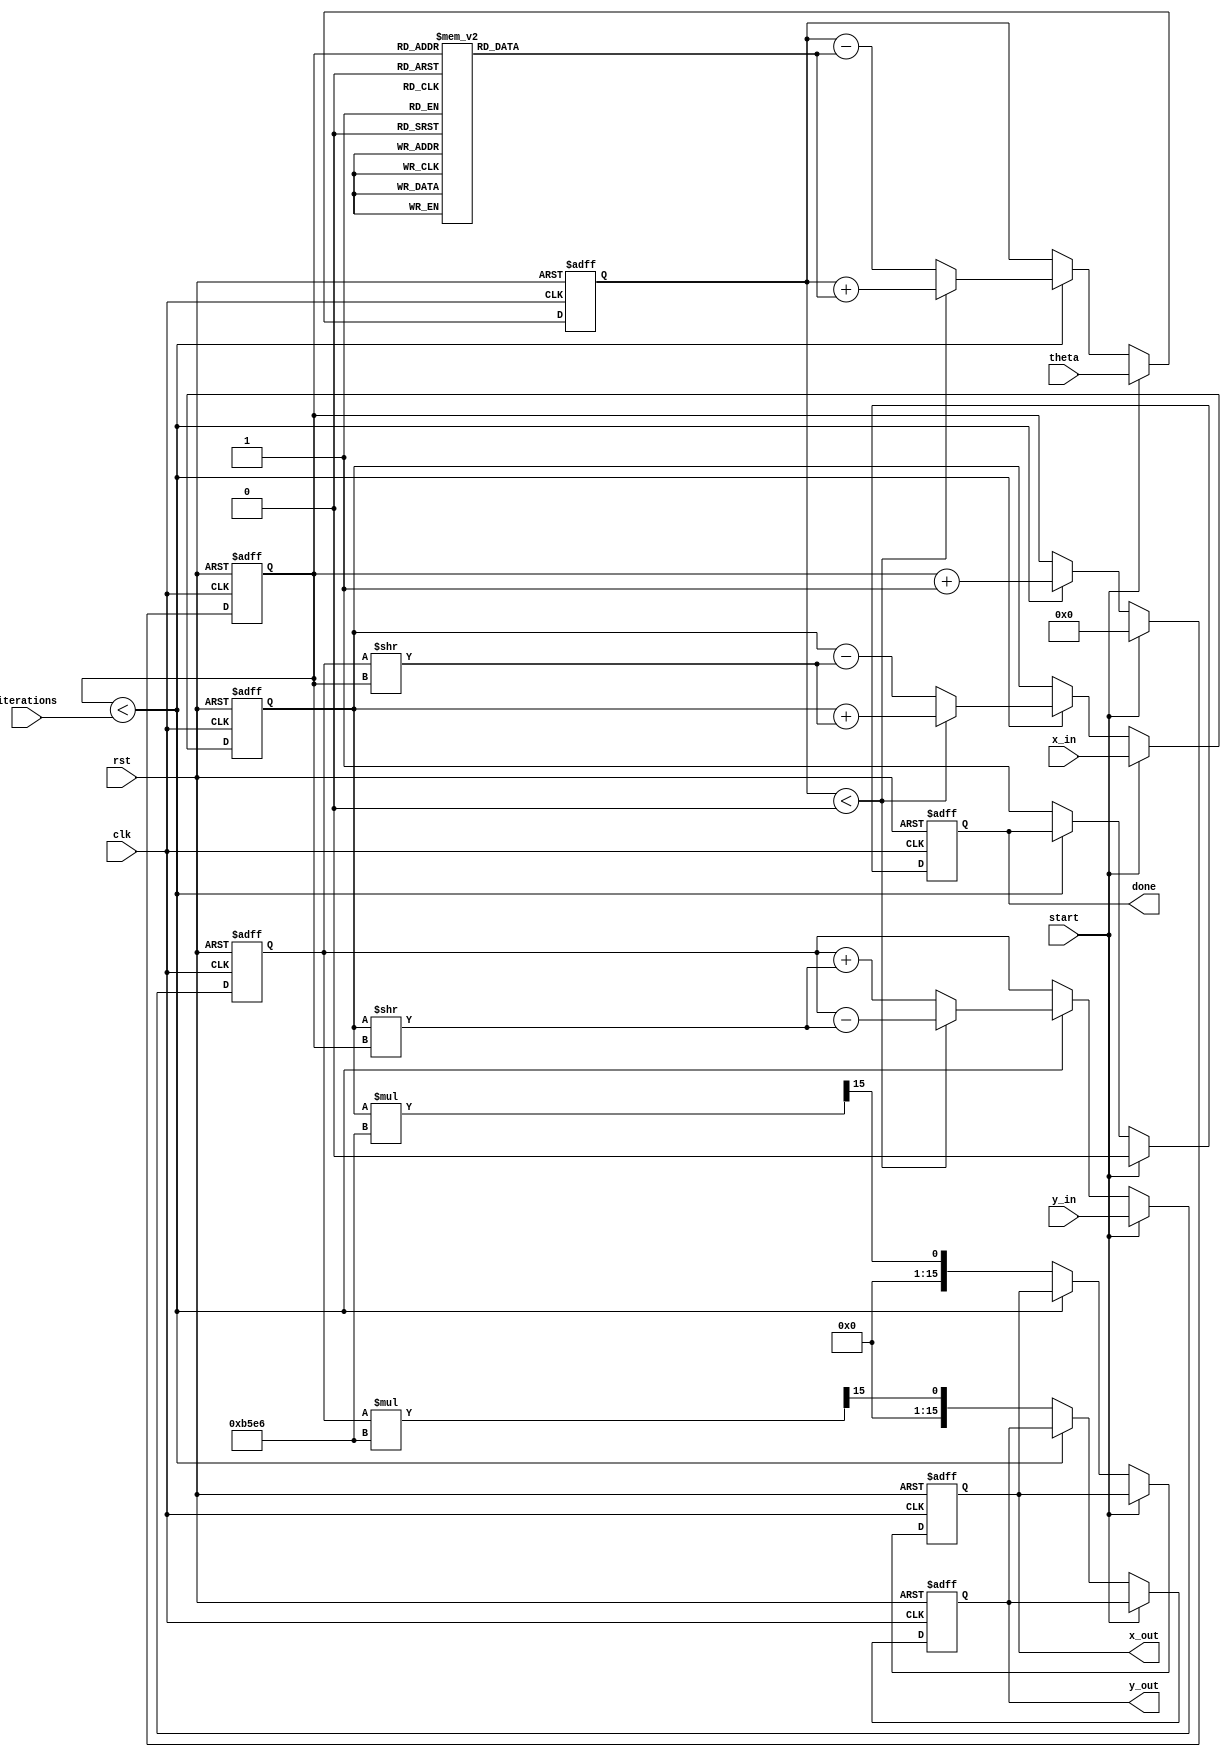
module cordic(
    input wire clk,
    input wire rst,
    input wire start,
    input wire [15:0] theta, // Input angle in fixed-point format
    input wire [15:0] x_in,   // Initial x vector
    input wire [15:0] y_in,   // Initial y vector
    input wire [3:0] iterations, // Number of iterations for precision
    output reg [15:0] x_out,   // Output x vector
    output reg [15:0] y_out,   // Output y vector
    output reg done            // Operation done signal
);

    // Pre-computed angle table (arctan(2^-i) for i = 0 to 15)
    reg [15:0] angle_table [0:15];
    initial begin
        angle_table[0] = 16'h0000; // atan(1) = 0
        angle_table[1] = 16'h3C90; // atan(0.5) = 26.565 degrees
        angle_table[2] = 16'h3E48; // atan(0.25) = 14.036 degrees
        angle_table[3] = 16'h3F2D; // atan(0.125) = 7.125 degrees
        angle_table[4] = 16'h3F9A; // atan(0.0625) = 3.125 degrees
        angle_table[5] = 16'h3FC9; // atan(0.03125) = 1.563 degrees
        angle_table[6] = 16'h3FEC; // atan(0.015625) = 0.785 degrees
        angle_table[7] = 16'h3FFF; // atan(0.0078125) = 0.392 degrees
        angle_table[8] = 16'h4000; // atan(0.00390625) = 0.197 degrees
        angle_table[9] = 16'h4000; // atan(0.001953125) = 0.098 degrees
        angle_table[10] = 16'h4000; // atan(0.0009765625) = 0.049 degrees
        angle_table[11] = 16'h4000; // atan(0.00048828125) = 0.025 degrees
        angle_table[12] = 16'h4000; // atan(0.000244140625) = 0.012 degrees
        angle_table[13] = 16'h4000; // atan(0.0001220703125) = 0.006 degrees
        angle_table[14] = 16'h4000; // atan(0.00006103515625) = 0.003 degrees
        angle_table[15] = 16'h4000; // atan(0.000030517578125) = 0.001 degrees
    end

    // Internal registers
    reg [15:0] x, y;
    reg [15:0] angle;
    reg [3:0] iter_count;
    reg [15:0] scaling_factor = 16'hB5E6; // Pre-computed scaling factor

    // State machine for CORDIC operation
    always @(posedge clk or posedge rst) begin
        if (rst) begin
            x <= 16'h0000;
            y <= 16'h0000;
            angle <= 16'h0000;
            iter_count <= 4'b0000;
            done <= 1'b0;
            x_out <= 16'h0000;
            y_out <= 16'h0000;
        end else if (start) begin
            // Initialize inputs
            x <= x_in;
            y <= y_in;
            angle <= theta;
            iter_count <= 4'b0000;
            done <= 1'b0;
        end else if (iter_count < iterations) begin
            // CORDIC rotation algorithm
            if (angle < 0) begin
                // Rotate counter-clockwise
                x <= x + (y >> iter_count);
                y <= y - (x >> iter_count);
                angle <= angle + angle_table[iter_count];
            end else begin
                // Rotate clockwise
                x <= x - (y >> iter_count);
                y <= y + (x >> iter_count);
                angle <= angle - angle_table[iter_count];
            end
            iter_count <= iter_count + 1;
        end else begin
            // Apply scaling factor
            x_out <= (x * scaling_factor) >> 15; // Adjust for fixed-point scaling
            y_out <= (y * scaling_factor) >> 15; // Adjust for fixed-point scaling
            done <= 1'b1; // Indicate operation is done
        end
    end
endmodule